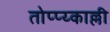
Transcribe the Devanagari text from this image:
तोप्प्य्काल्ली